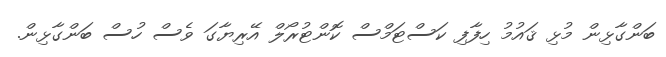
ބަންގާޅިން މުޅި ޤައުމު ހިފާފި ކަސްޓަމްސް ކޮންޓުރޯލް އޭރިޔާގަ ވެސް ހުސް ބަންގާޅިން.